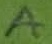
Text: A